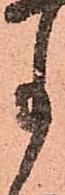
事